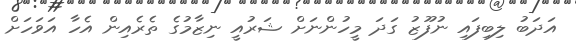
އަދަބު ލިބިފައި ނުފޫޒު ގަދަ މީހުންނަށް ޝަރުއީ ނިޒާމުގެ ތެރެއިން އެހާ އަވަހަށް